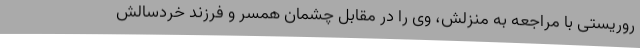
روریستی با مراجعه به منزلش، وی را در مقابل چشمان همسر و فرزند خردسالش